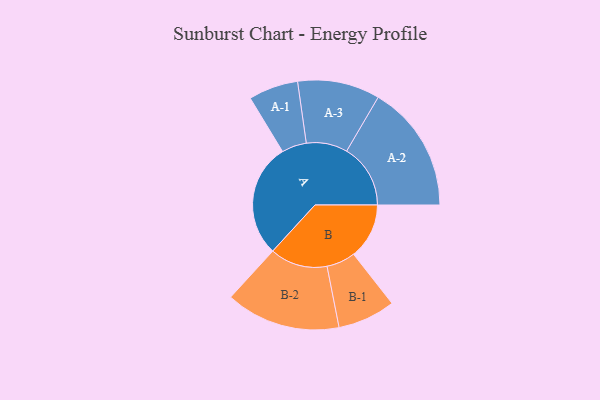
{"axis": {"x": "Segment", "y": "Value"}, "legend": ["", "A", "B"], "data": [{"x": "A", "y": 481, "type": ""}, {"x": "B", "y": 235, "type": ""}, {"x": "A-1", "y": 105, "type": "A"}, {"x": "A-2", "y": 270, "type": "A"}, {"x": "A-3", "y": 174, "type": "A"}, {"x": "B-1", "y": 122, "type": "B"}, {"x": "B-2", "y": 243, "type": "B"}]}